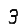
Digit: 3